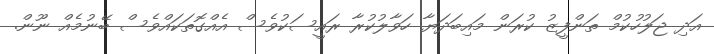
އަދި ޖަލުހުކުމް ތަންފީޒު ކުރަން މައިބަދަޔާ ހަވާލުކުރާ ރައީސަކުވެސް އެއްގޮތަކައްވެސް ބޭނުމެއް ނޫން.